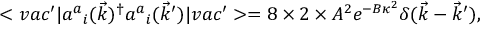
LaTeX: < v a c ^ { \prime } | { a ^ { a } } _ { i } ( \vec { k } ) ^ { \dagger } { a ^ { a } } _ { i } ( \vec { k } ^ { \prime } ) | v a c ^ { \prime } > = 8 \times 2 \times A ^ { 2 } e ^ { - B \kappa ^ { 2 } } \delta ( \vec { k } - \vec { k } ^ { \prime } ) ,